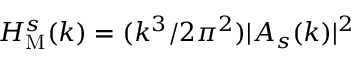
H _ { \mathrm { M } } ^ { s } ( k ) = ( k ^ { 3 } / 2 \pi ^ { 2 } ) | A _ { s } ( k ) | ^ { 2 }